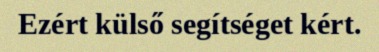
Ezért külső segítséget kért.